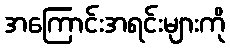
အကြောင်းအရင်းများကို